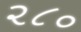
૨૮૦